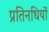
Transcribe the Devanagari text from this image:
प्रतिनधियों